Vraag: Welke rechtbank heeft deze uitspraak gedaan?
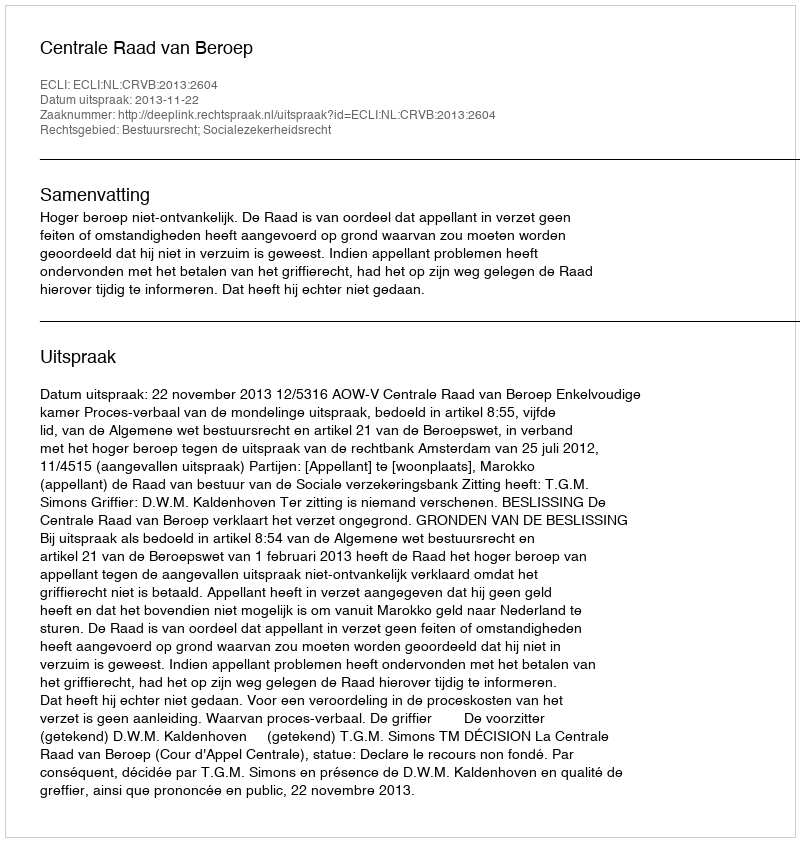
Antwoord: Centrale Raad van Beroep